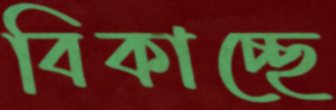
বিকাচ্ছে